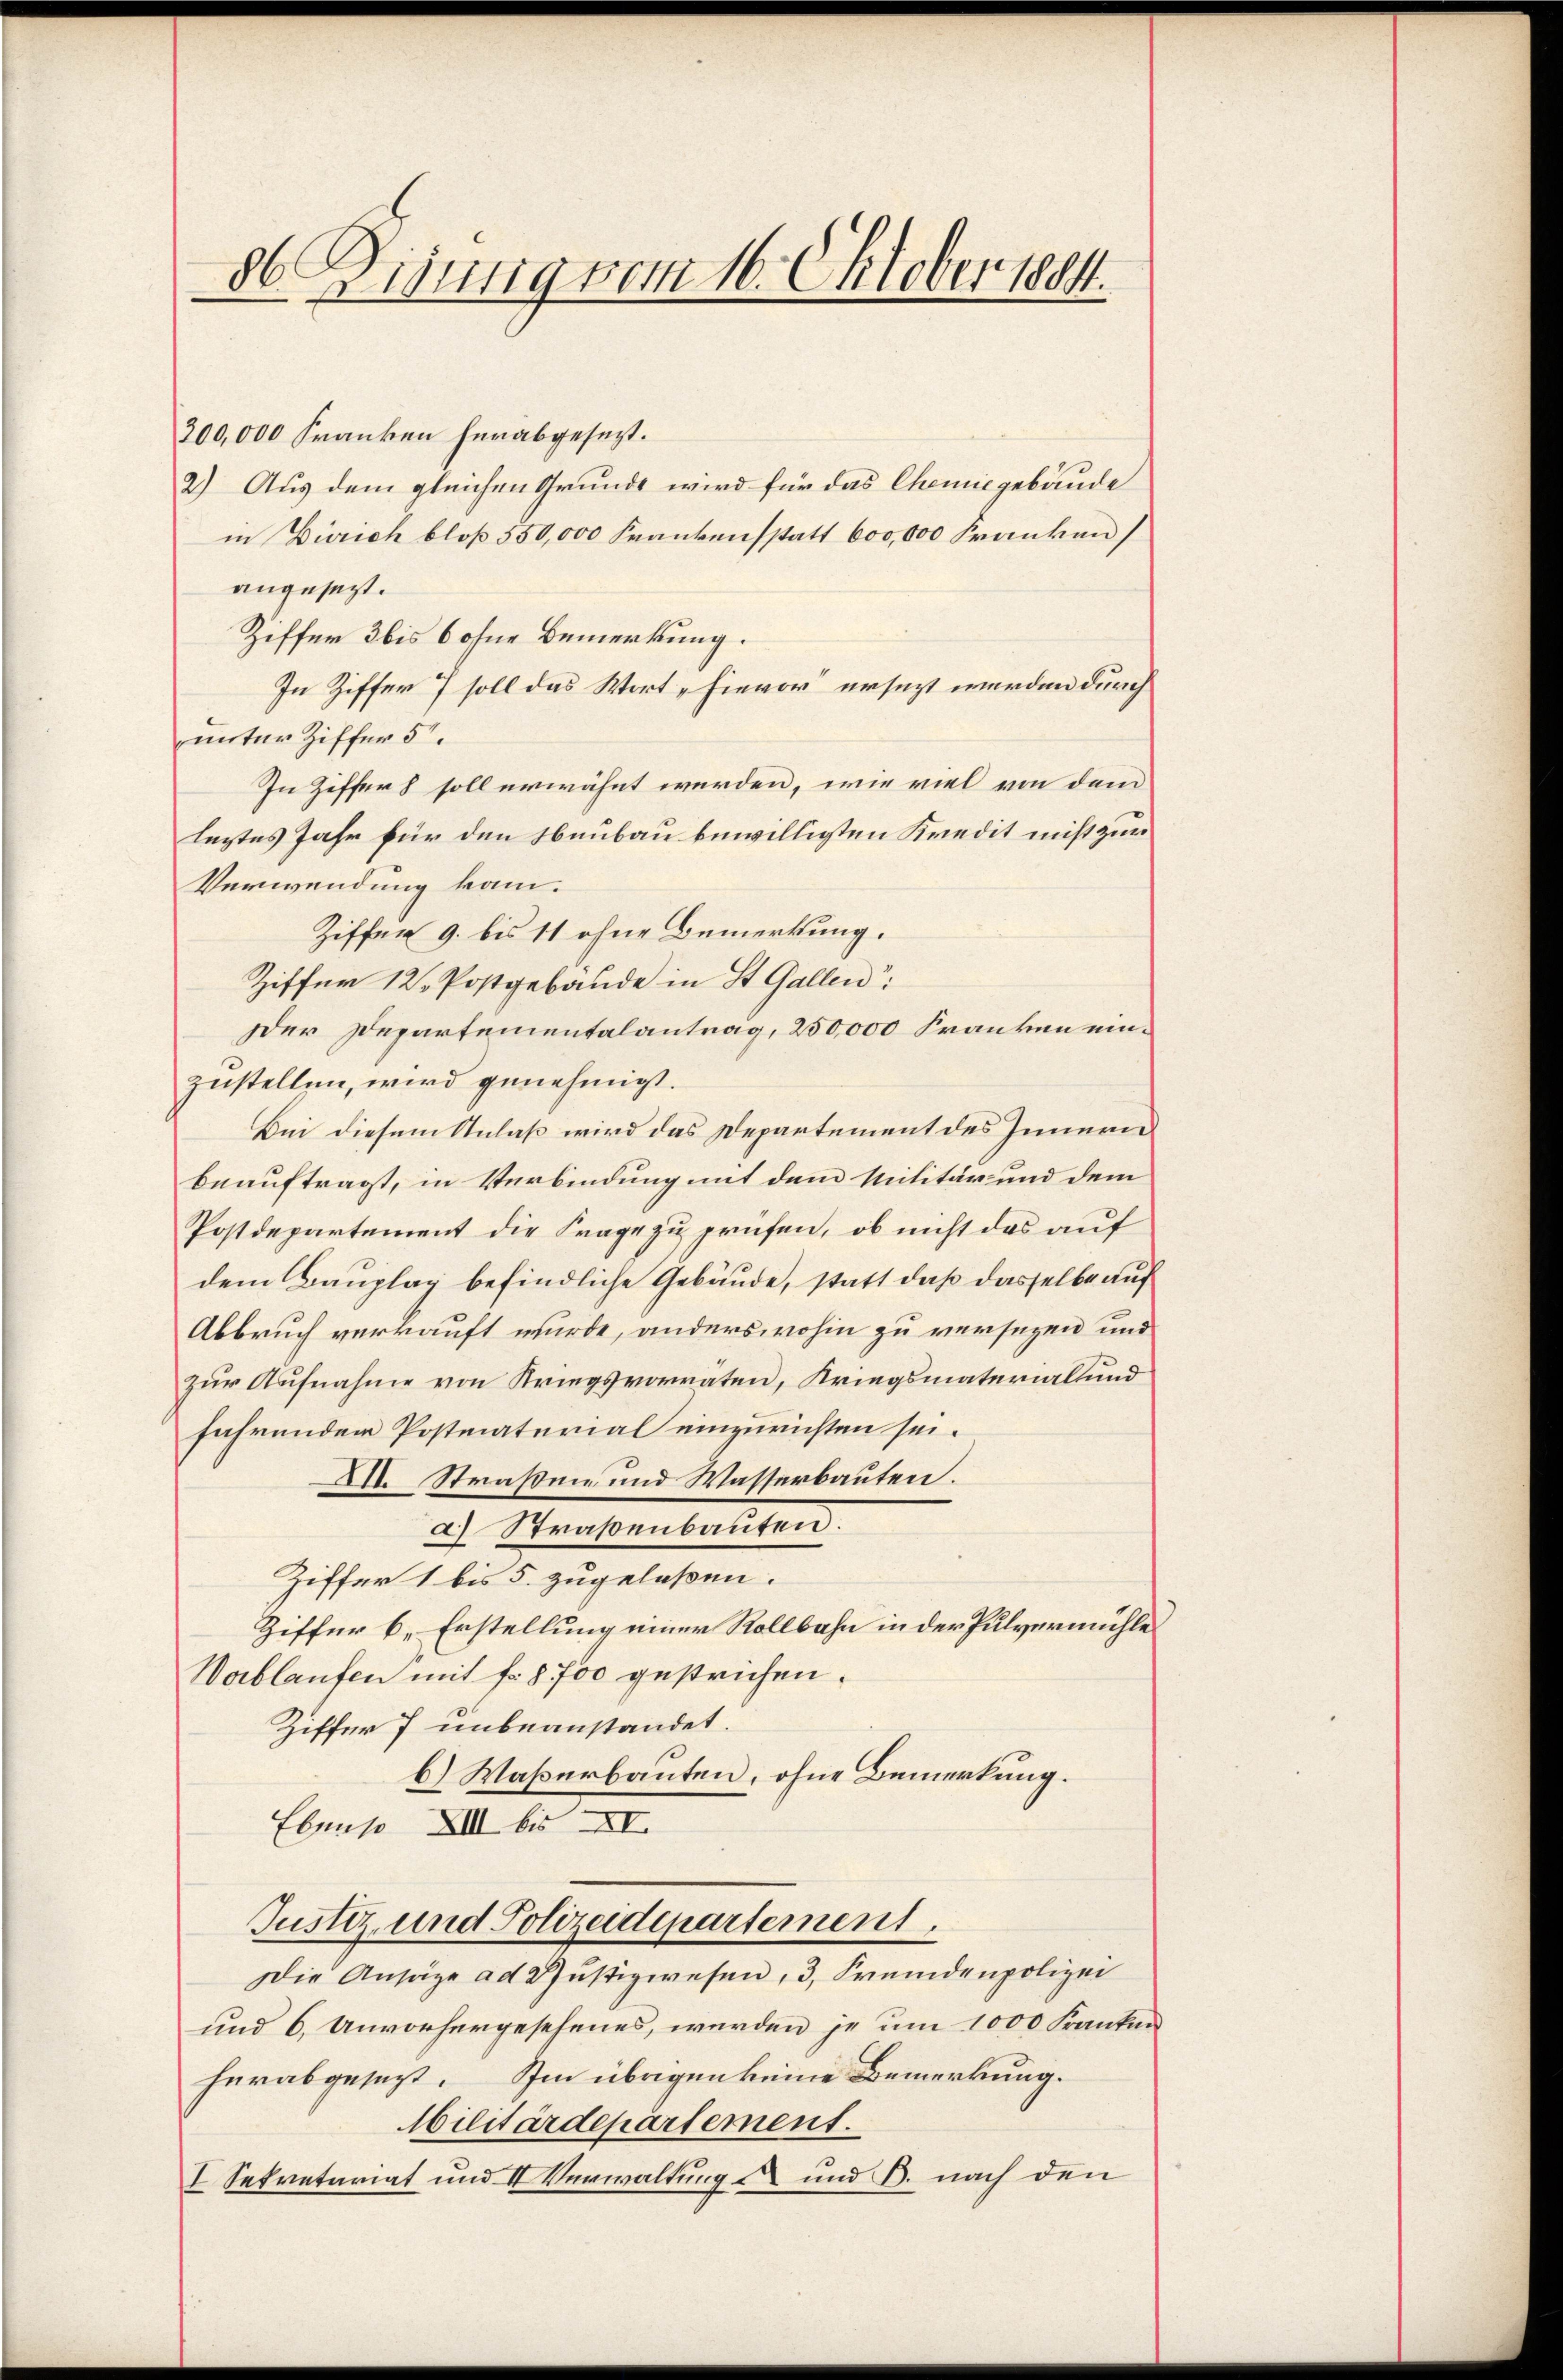
300,000 Franken herabgesezt.
2.) Aus dem gleichen Grunde wird für das Chemie gebäude
in Zürich bloß 550,000 Frankensstatt 600,000 Franken
angesezt.
Ziffer 3 bis 6 ohne Bemerkung.
In Ziffer 7 soll das Wort „Hievor ersezt werden durch
unter Ziffer 5.
In Ziffers soll erwähnt werden, wie viel von dem
leztes Jahr für den Neubau bewilligten Kredit nicht zur
Verwendung kam.
Ziffer 9. bis 11 ohne Bemerkung.
Ziffer 12. Postgebäude in St. Gallen:
Der Departementalantrag, 250,000 Franken einzustellen, wird genehmigt.
Bei diesem Anlaß wird das Departement des Innern
beauftragt, in Verbindung mit dem Militär und dem
Postdepartement die Frage zu prüfen, ob nicht das auf
dem Bauplag befindliche Gebäude, statt daß dasselbe auf
Abbruch verkauft wurde, anderswohin zu versezen und
zur Aufnahme von Kriegsvorraten, Kriegsmaterial und
fahrenden Postmaterial einzurichten sei.
XII. Straße und Wasserbauten.
a) Straßenbauten.
Ziffer 1 bis 5. zugelassen.
Ziffer 6. Erstellung einer Rollbahn in der Pulvermühle
Woblaufen mit fr. 8700 gestrichen.
Ziffer 7 unbeanstandet.
b) Waßerbauten, ohne Bemerkung.
Ebenso XIII bis XI
Justiz- und Polizeidepartement.
Die Ansätze ad Justizwesen, 3, Fremdenpolizei
und 6. Unvorhergesehenes, werden je um 1000 Franken
herabgesezt. Im übrigen keine Bemerkung.
Militärdepartement.
I Sekretariat und V Verwaltung - und B. nach den

86. Digung vom 16. Oktober 1884.